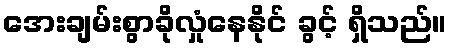
အေးချမ်းစွာခိုလှုံနေနိုင် ခွင့် ရှိသည်။